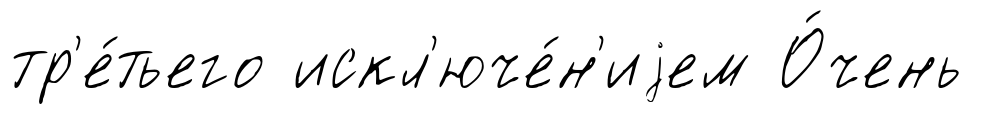
тр'е́тьего искл'юче́н'иjем О́чень